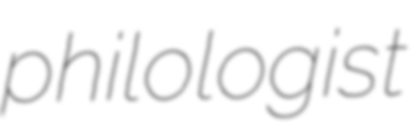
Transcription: philologist